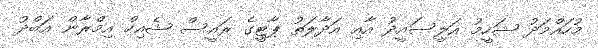
މުހައްމަދު ޝަހީމު އަލީސައީދު އާއި އަދާލަތު ޕާޓީގެ ރައީސް ޝެއިހް އިމްރާން އަބްދު